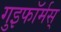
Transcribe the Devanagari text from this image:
गुइफॉर्मस्